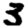
Digit: 3